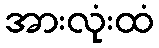
အားလုံးထံ